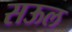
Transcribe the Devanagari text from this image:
सऊल